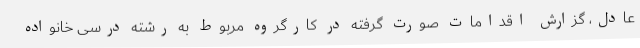
عادل، گزارش اقدامات صورت گرفته در کارگروه مربوط به رشته درسی خانواده